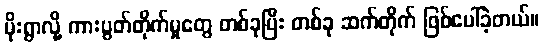
မိုးရွာလို့ ကားပွတ်တိုက်မှုတွေ တစ်ခုပြီး တစ်ခု ဆက်တိုက် ဖြစ်ပေါ်ခဲ့တယ်။